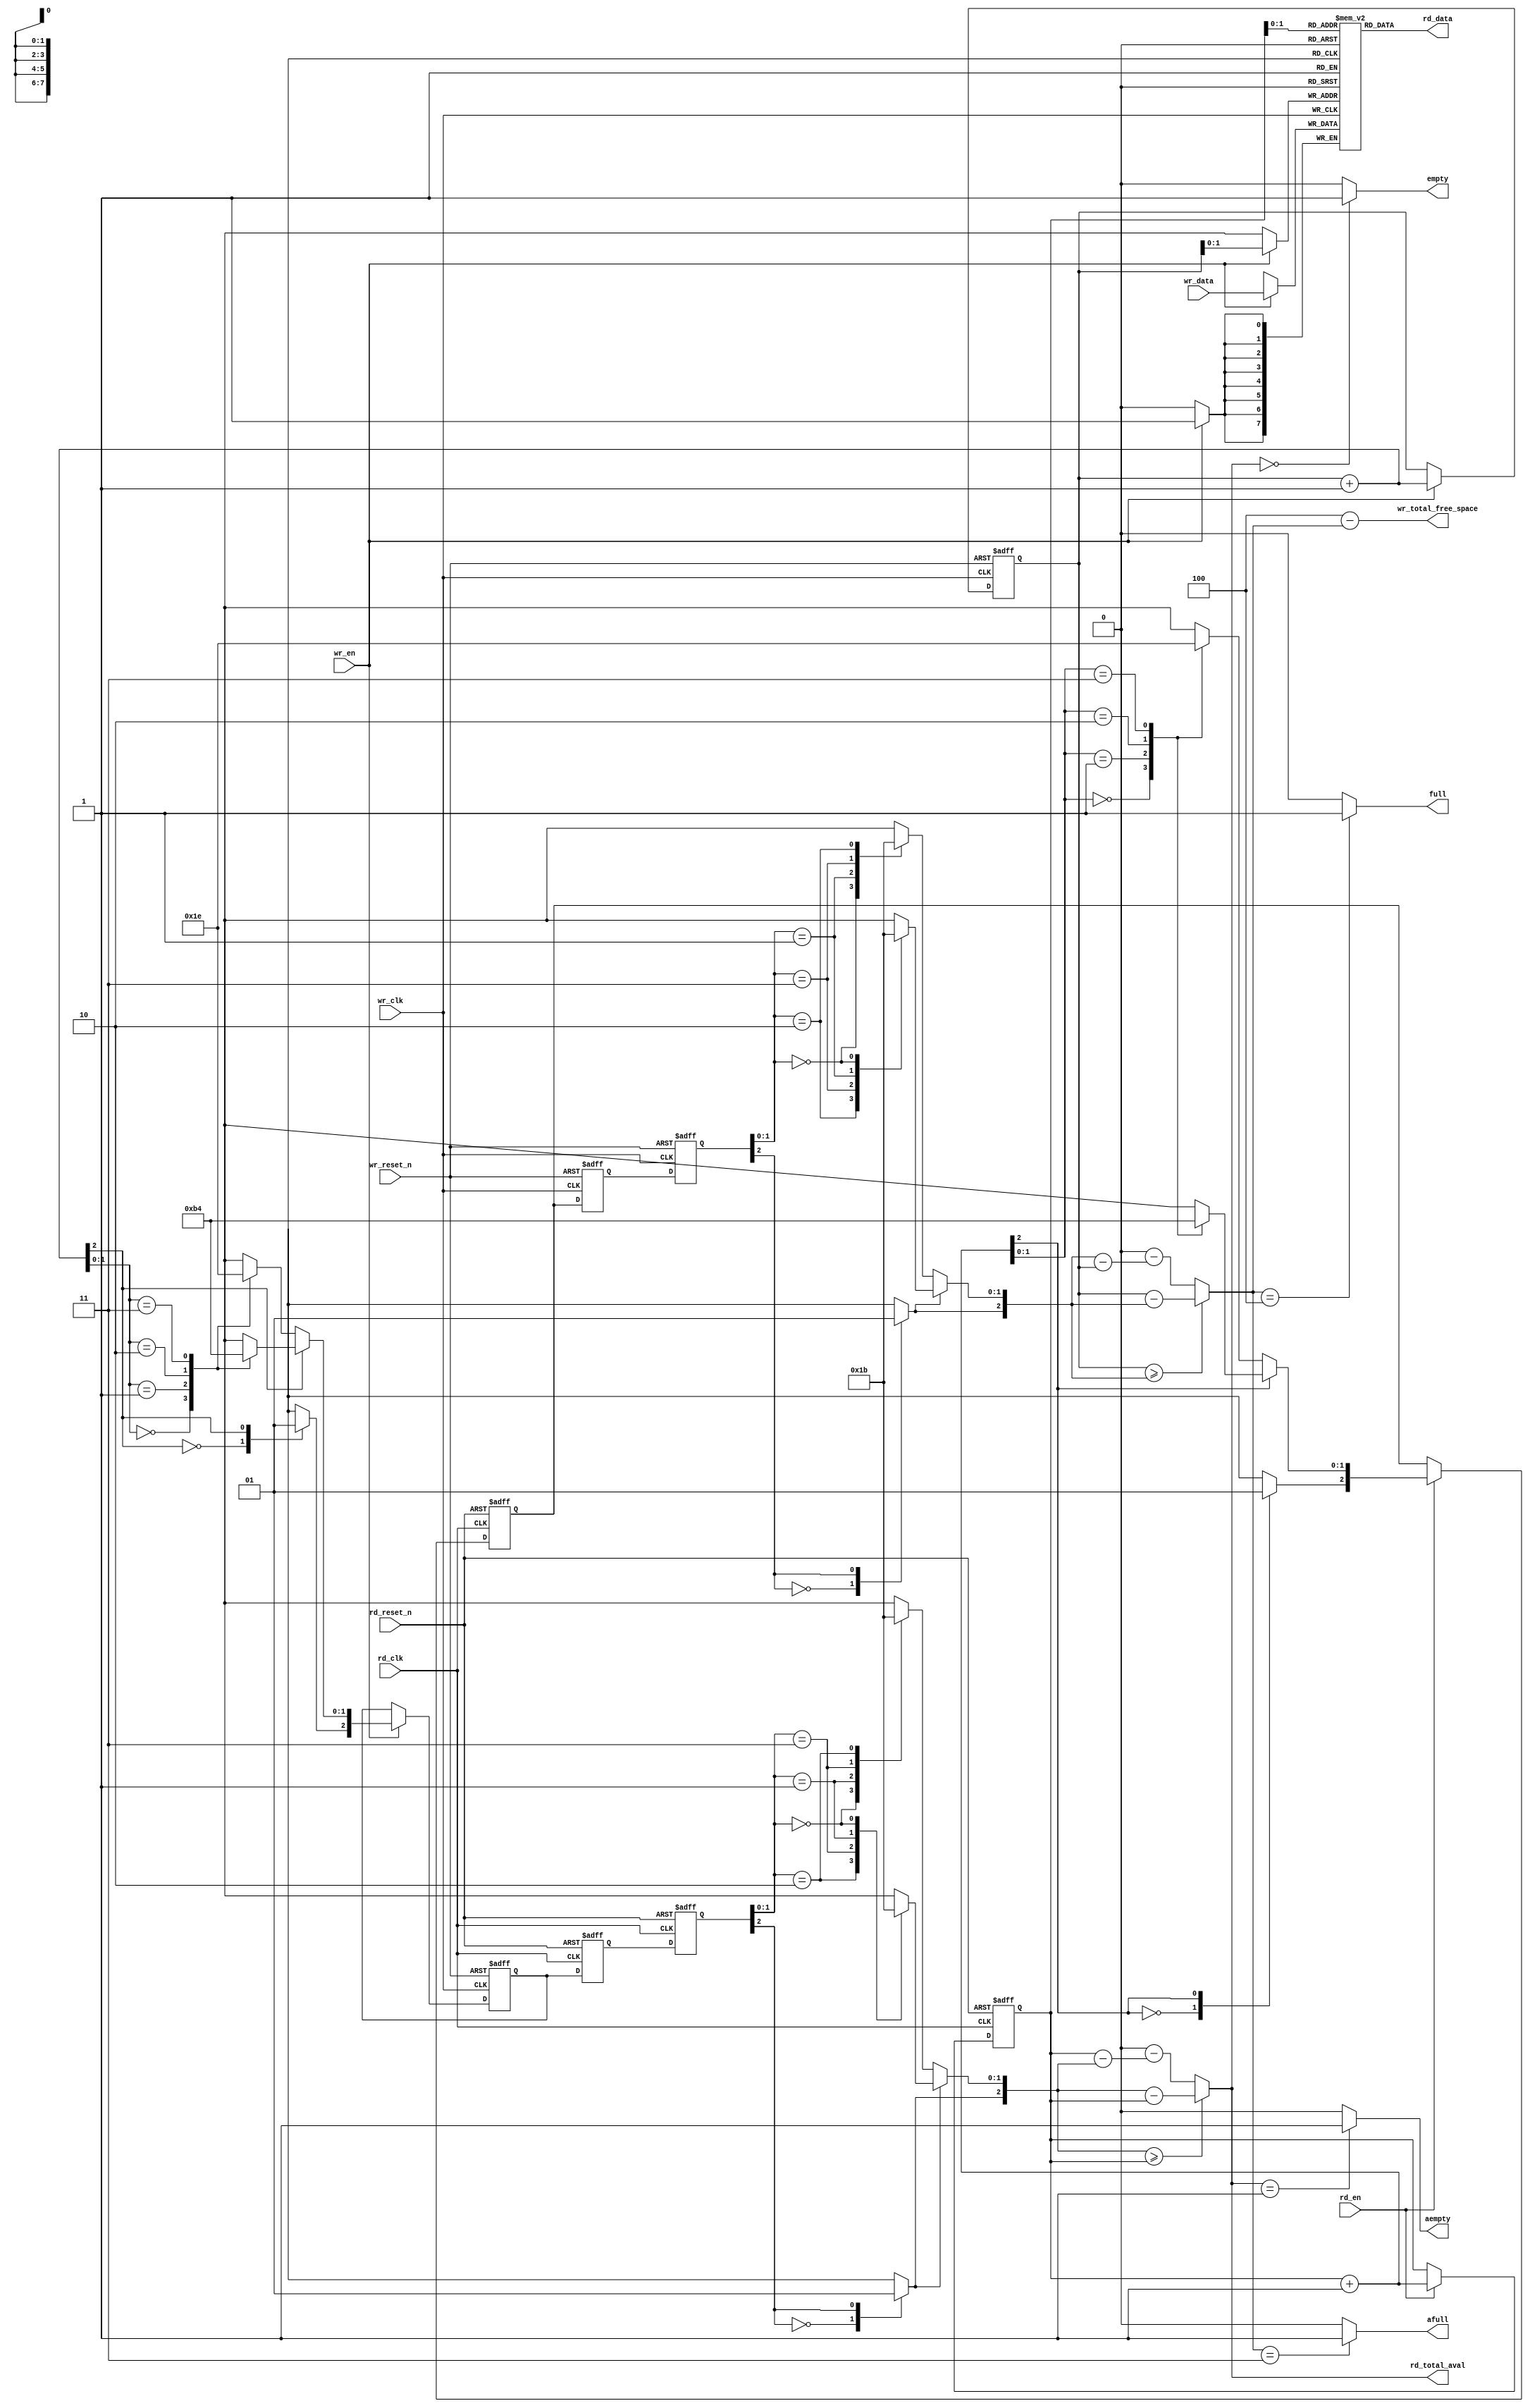
//////////////////////////////////////////////////////////////////////
////                                                              ////
////  Tubo 8051 cores common library Module                       ////
////                                                              ////
////  This file is part of the Turbo 8051 cores project           ////
////  http://www.opencores.org/cores/turbo8051/                   ////
////                                                              ////
////  Description                                                 ////
////  Turbo 8051 definitions.                                     ////
////                                                              ////
////  To Do:                                                      ////
////    nothing                                                   ////
////                                                              ////
////  Author(s):                                                  ////
////      - Dinesh Annayya, dinesha@opencores.org                 ////
////                                                              ////
//////////////////////////////////////////////////////////////////////
////                                                              ////
//// Copyright (C) 2000 Authors and OPENCORES.ORG                 ////
////                                                              ////
//// This source file may be used and distributed without         ////
//// restriction provided that this copyright statement is not    ////
//// removed from the file and that any derivative work contains  ////
//// the original copyright notice and the associated disclaimer. ////
////                                                              ////
//// This source file is free software; you can redistribute it   ////
//// and/or modify it under the terms of the GNU Lesser General   ////
//// Public License as published by the Free Software Foundation; ////
//// either version 2.1 of the License, or (at your option) any   ////
//// later version.                                               ////
////                                                              ////
//// This source is distributed in the hope that it will be       ////
//// useful, but WITHOUT ANY WARRANTY; without even the implied   ////
//// warranty of MERCHANTABILITY or FITNESS FOR A PARTICULAR      ////
//// PURPOSE.  See the GNU Lesser General Public License for more ////
//// details.                                                     ////
////                                                              ////
//// You should have received a copy of the GNU Lesser General    ////
//// Public License along with this source; if not, download it   ////
//// from http://www.opencores.org/lgpl.shtml                     ////
////                                                              ////
//////////////////////////////////////////////////////////////////////

//-------------------------------------------
// async_fifo:: async FIFO
//    Following two ports are newly added
//        1. At write clock domain:
//           wr_total_free_space -->  Indicate total free transfer available 
//        2. At read clock domain:
//           rd_total_aval       -->  Indicate total no of transfer available
//-----------------------------------------------
`timescale  1ns/1ps

module async_fifo (wr_clk,
                   wr_reset_n,
                   wr_en,
                   wr_data,
                   full,                 // sync'ed to wr_clk
                   afull,                 // sync'ed to wr_clk
                   wr_total_free_space,
                   rd_clk,
                   rd_reset_n,
                   rd_en,
                   empty,                // sync'ed to rd_clk
                   aempty,                // sync'ed to rd_clk
                   rd_total_aval,
                   rd_data);

   parameter W = 4'd8;
   parameter DP = 3'd4;
   parameter WR_FAST = 1'b1;
   parameter RD_FAST = 1'b1;
   parameter FULL_DP = DP;
   parameter EMPTY_DP = 1'b0;

   parameter AW = (DP == 2)   ? 1 : 
		  (DP == 4)   ? 2 :
                  (DP == 8)   ? 3 :
                  (DP == 16)  ? 4 :
                  (DP == 32)  ? 5 :
                  (DP == 64)  ? 6 :
                  (DP == 128) ? 7 :
                  (DP == 256) ? 8 : 0;

   output [W-1 : 0]  rd_data;
   input [W-1 : 0]   wr_data;
   input             wr_clk, wr_reset_n, wr_en, rd_clk, rd_reset_n,
                     rd_en;
   output            full, empty;
   output            afull, aempty; // about full and about to empty
   output   [AW:0]   wr_total_free_space; // Total Number of free space aval 
                                               // w.r.t write clk
                                               // note: Without accounting byte enables
   output   [AW:0]   rd_total_aval;       // Total Number of words avaialble 
                                               // w.r.t rd clock, 
                                              // note: Without accounting byte enables
   // synopsys translate_off

   initial begin
      if (AW == 0) begin
         $display ("%m : ERROR!!! Fifo depth %d not in range 2 to 256", DP);
      end // if (AW == 0)
   end // initial begin

   // synopsys translate_on
   reg [W-1 : 0]    mem[DP-1 : 0];

   /*********************** write side ************************/
   reg [AW:0] sync_rd_ptr_0, sync_rd_ptr_1; 
   wire [AW:0] sync_rd_ptr;
   reg [AW:0] wr_ptr, grey_wr_ptr;
   reg [AW:0] grey_rd_ptr;
   reg full_q;
   wire full_c;
   wire afull_c;
   wire [AW:0] wr_ptr_inc = wr_ptr + 1'b1;
   wire [AW:0] wr_cnt = get_cnt(wr_ptr, sync_rd_ptr);

   assign full_c  = (wr_cnt == FULL_DP) ? 1'b1 : 1'b0;
   assign afull_c = (wr_cnt == FULL_DP-1) ? 1'b1 : 1'b0;

   //--------------------------
   // Shows total number of words 
   // of free space available w.r.t write clock
   //--------------------------- 
   assign wr_total_free_space = FULL_DP - wr_cnt;

   always @(posedge wr_clk or negedge wr_reset_n) begin
	if (!wr_reset_n) begin
		wr_ptr <= 0;
		grey_wr_ptr <= 0;
		full_q <= 0;	
	end
	else if (wr_en) begin
		wr_ptr <= wr_ptr_inc;
		grey_wr_ptr <= bin2grey(wr_ptr_inc);
		if (wr_cnt == (FULL_DP-1)) begin
			full_q <= 1'b1;
		end
	end
	else begin
	    	if (full_q && (wr_cnt<FULL_DP)) begin
			full_q <= 1'b0;
	     	end
	end
    end

    assign full  = (WR_FAST == 1) ? full_c : full_q;
    assign afull = afull_c;

    always @(posedge wr_clk) begin
	if (wr_en) begin
		mem[wr_ptr[AW-1:0]] <= wr_data;
	end
    end

    wire [AW:0] grey_rd_ptr_dly ;
    assign #1 grey_rd_ptr_dly = grey_rd_ptr;

    // read pointer synchronizer
    always @(posedge wr_clk or negedge wr_reset_n) begin
	if (!wr_reset_n) begin
		sync_rd_ptr_0 <= 0;
		sync_rd_ptr_1 <= 0;
	end
	else begin
		sync_rd_ptr_0 <= grey_rd_ptr_dly;		
		sync_rd_ptr_1 <= sync_rd_ptr_0;
	end
    end

    assign sync_rd_ptr = grey2bin(sync_rd_ptr_1);

   /************************ read side *****************************/
   reg [AW:0] sync_wr_ptr_0, sync_wr_ptr_1; 
   wire [AW:0] sync_wr_ptr;
   reg [AW:0] rd_ptr;
   reg empty_q;
   wire empty_c;
   wire aempty_c;
   wire [AW:0] rd_ptr_inc = rd_ptr + 1'b1;
   wire [AW:0] sync_wr_ptr_dec = sync_wr_ptr - 1'b1;
   wire [AW:0] rd_cnt = get_cnt(sync_wr_ptr, rd_ptr);
 
   assign empty_c  = (rd_cnt == 0) ? 1'b1 : 1'b0;
   assign aempty_c = (rd_cnt == 1) ? 1'b1 : 1'b0;
   //--------------------------
   // Shows total number of words 
   // space available w.r.t write clock
   //--------------------------- 
   assign rd_total_aval = rd_cnt;

   always @(posedge rd_clk or negedge rd_reset_n) begin
	if (!rd_reset_n) begin
		rd_ptr <= 0;
		grey_rd_ptr <= 0;
		empty_q <= 1'b1;
	end
	else begin
		if (rd_en) begin
			rd_ptr <= rd_ptr_inc;
			grey_rd_ptr <= bin2grey(rd_ptr_inc);
			if (rd_cnt==(EMPTY_DP+1)) begin
				empty_q <= 1'b1;
			end
		end
		else begin
			if (empty_q && (rd_cnt!=EMPTY_DP)) begin
				empty_q <= 1'b0;
			end
		end
	end
    end

    assign empty  = (RD_FAST == 1) ? empty_c : empty_q;
    assign aempty = aempty_c;

    assign rd_data = mem[rd_ptr[AW-1:0]];

    wire [AW:0] grey_wr_ptr_dly ;
    assign #1 grey_wr_ptr_dly =  grey_wr_ptr;

    // write pointer synchronizer
    always @(posedge rd_clk or negedge rd_reset_n) begin
	if (!rd_reset_n) begin
		sync_wr_ptr_0 <= 0;
		sync_wr_ptr_1 <= 0;
	end
	else begin
		sync_wr_ptr_0 <= grey_wr_ptr_dly;		
		sync_wr_ptr_1 <= sync_wr_ptr_0;
	end
    end
    assign sync_wr_ptr = grey2bin(sync_wr_ptr_1);

	
/************************ functions ******************************/
function [AW:0] bin2grey;
input [AW:0] bin;
reg [8:0] bin_8;
reg [8:0] grey_8;
begin
	bin_8 = bin;
	grey_8[1:0] = do_grey(bin_8[2:0]);
	grey_8[3:2] = do_grey(bin_8[4:2]);
	grey_8[5:4] = do_grey(bin_8[6:4]);
	grey_8[7:6] = do_grey(bin_8[8:6]);
	grey_8[8] = bin_8[8];
	bin2grey = grey_8;
end
endfunction

function [AW:0] grey2bin;
input [AW:0] grey;
reg [8:0] grey_8;
reg [8:0] bin_8;
begin
	grey_8 = grey;
	bin_8[8] = grey_8[8];
	bin_8[7:6] = do_bin({bin_8[8], grey_8[7:6]});
	bin_8[5:4] = do_bin({bin_8[6], grey_8[5:4]});
	bin_8[3:2] = do_bin({bin_8[4], grey_8[3:2]});
	bin_8[1:0] = do_bin({bin_8[2], grey_8[1:0]});
	grey2bin = bin_8;
end
endfunction


function [1:0] do_grey;
input [2:0] bin;
begin
	if (bin[2]) begin  // do reverse grey
		case (bin[1:0]) 
			2'b00: do_grey = 2'b10;
			2'b01: do_grey = 2'b11;
			2'b10: do_grey = 2'b01;
			2'b11: do_grey = 2'b00;
		endcase
	end
	else begin
		case (bin[1:0]) 
			2'b00: do_grey = 2'b00;
			2'b01: do_grey = 2'b01;
			2'b10: do_grey = 2'b11;
			2'b11: do_grey = 2'b10;
		endcase
	end
end
endfunction

function [1:0] do_bin;
input [2:0] grey;
begin
	if (grey[2]) begin	// actually bin[2]
		case (grey[1:0])
			2'b10: do_bin = 2'b00;
			2'b11: do_bin = 2'b01;
			2'b01: do_bin = 2'b10;
			2'b00: do_bin = 2'b11;
		endcase
	end
	else begin
		case (grey[1:0])
			2'b00: do_bin = 2'b00;
			2'b01: do_bin = 2'b01;
			2'b11: do_bin = 2'b10;
			2'b10: do_bin = 2'b11;
		endcase
	end
end
endfunction
			
function [AW:0] get_cnt;
input [AW:0] wr_ptr, rd_ptr;
begin
	if (wr_ptr >= rd_ptr) begin
		get_cnt = (wr_ptr - rd_ptr);	
	end
	else begin
		get_cnt = DP*2 - (rd_ptr - wr_ptr);
	end
end
endfunction

// synopsys translate_off
always @(posedge wr_clk) begin
   if (wr_en && full) begin
      $display($time, "%m Error! afifo overflow!");
      $stop;
   end
end

always @(posedge rd_clk) begin
   if (rd_en && empty) begin
      $display($time, "%m error! afifo underflow!");
      $stop;
   end
end

// gray code monitor
reg [AW:0] last_gwr_ptr;
always @(posedge wr_clk or negedge wr_reset_n) begin
   if (!wr_reset_n) begin
      last_gwr_ptr <= #1 0;
   end
   else if (last_gwr_ptr !== grey_wr_ptr) begin
      check_ptr_chg(last_gwr_ptr, grey_wr_ptr);
      last_gwr_ptr <= #1 grey_wr_ptr;
   end 	
end

reg [AW:0] last_grd_ptr;
always @(posedge rd_clk or negedge rd_reset_n) begin
   if (!rd_reset_n) begin
     last_grd_ptr <= #1 0;
   end
   else if (last_grd_ptr !== grey_rd_ptr) begin
      check_ptr_chg(last_grd_ptr, grey_rd_ptr);
      last_grd_ptr <= #1 grey_rd_ptr;
   end 	
end

task check_ptr_chg;
input [AW:0] last_ptr;
input [AW:0] cur_ptr;
integer i;
integer ptr_diff;
begin
   ptr_diff = 0;
   for (i=0; i<= AW; i=i+ 1'b1) begin
      if (last_ptr[i] != cur_ptr[i]) begin
         ptr_diff = ptr_diff + 1'b1;
      end
   end
   if (ptr_diff !== 1) begin
      $display($time, "%m, ERROR! async fifo ptr has changed more than noe bit, last=%h, cur=%h",
				last_ptr, cur_ptr);
      $stop;
   end
end
endtask 	
   // synopsys translate_on

endmodule